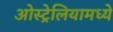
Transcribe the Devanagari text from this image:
ओस्ट्रेलियामध्ये